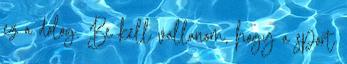
ez a dolog. Be kell vallanom, hogy a sport